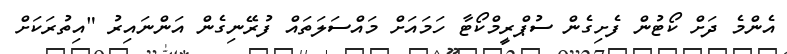
އެންމެ ދަށް ކޯޓުން ފެށިގެން ސުޕްރީމްކޯޓާ ހަމައަށް މައްސަލަތައް ފުރޭނިގެން އަންނައިރު "އިތުރަކަށް